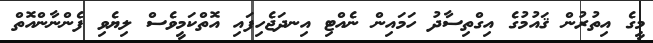
މީގެ އިތުރުން ޤައުމުގެ އިގްތިސާދު ހަމައިން ނެއްޓި އިނދަޖެހިފައި އޮތްކަމީވެސް ލިޔެވި ފެންނާންއޮތް